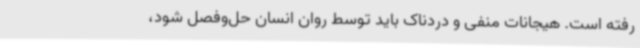
رفته است. هیجانات منفی و دردناک باید توسط روان انسان حل‌وفصل شود،